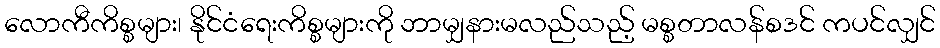
လောကီကိစ္စများ၊ နိုင်ငံရေးကိစ္စများကို ဘာမျှနားမလည်သည့် မစ္စတာလန်စဒင် ကပင်လျှင်